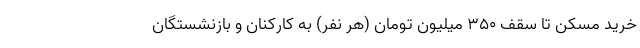
خرید مسکن تا سقف ۳۵۰ میلیون تومان (هر نفر) به کارکنان و بازنشستگان